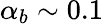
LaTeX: {\alpha_{b}}\sim 0.1